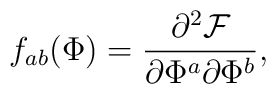
f_{ab}(\Phi) = \frac {\partial ^{2}{\cal F}}{\partial \Phi ^{a} \partial \Phi^{b}},